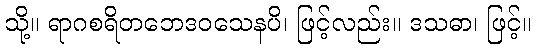
သို့။ ရာဂစရိတဘေဒဝသေနပိ၊ ဖြင့်လည်း။ ဒသဓာ၊ ဖြင့်။